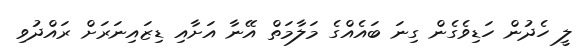
ލީ ހެދުން ހަޑިވެގެން ގިނަ ބައެއްގެ މަލާމަތް އޭނާ އަށާއި ޑިޒައިނަރަށް ރައްދުވި